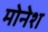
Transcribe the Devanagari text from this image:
मोनेश